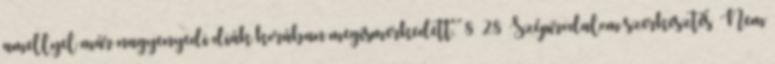
amellyel már nagyenyedi diák korában megismerkedett. 8 28 Szépirodalom szerkesztés Nem